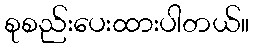
စုစည်းပေးထားပါတယ်။